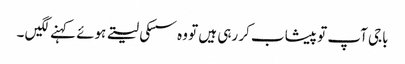
باجی آپ تو پیشاب کر رہی ہیں تو وہ سسکی لیتے ہوئے کہنے لگیں ۔